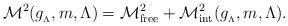
LaTeX: \begin{align*}{\cal M}^{2}(g_{_{\Lambda}},m,\Lambda)={\cal M}^{2}_{\mathrm{free}}+{\cal M}_{\mathrm{int}}^{2}(g_{_{\Lambda}},m,\Lambda).\end{align*}